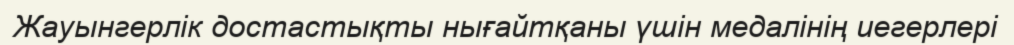
Жауынгерлік достастықты нығайтқаны үшін медалінің иегерлері